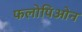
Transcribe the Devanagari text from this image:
फलोपिओन